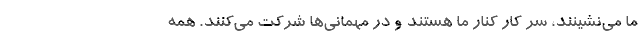
ما می‌نشینند، سر کار کنار ما هستند و در مهمانی‌ها شرکت می‌کنند. همه